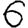
Digit: 6